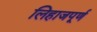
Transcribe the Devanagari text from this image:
लिहाजपूर्ण